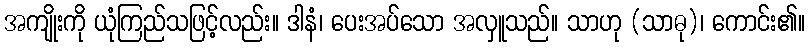
အကျိုးကို ယုံကြည်သဖြင့်လည်း။ ဒါနံ၊ ပေးအပ်သော အလှူသည်။ သာဟု (သာဓု)၊ ကောင်း၏။